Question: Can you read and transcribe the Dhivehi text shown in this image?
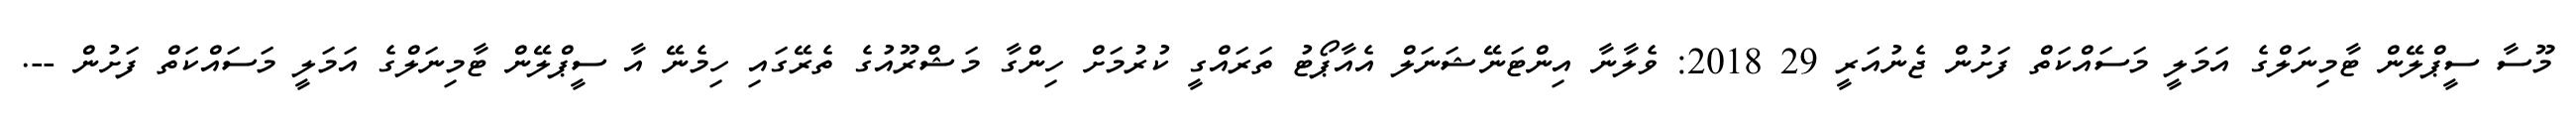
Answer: މޫސާ ސީޕްލޭން ޓާމިނަލްގެ އަމަލީ މަސައްކަތް ފަށުން ޖެނުއަރީ 29 2018: ވެލާނާ އިންޓަނޭޝަނަލް އެއާޕޯޓު ތަރައްގީ ކުރުމަށް ހިންގާ މަޝްރޫއުގެ ތެރޭގައި ހިމެނޭ އާ ސީޕްލޭން ޓާމިނަލްގެ އަމަލީ މަސައްކަތް ފަށުން --.